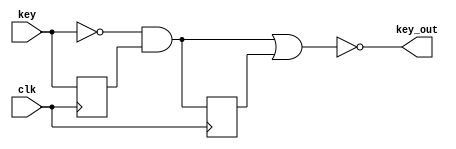
module KeyCCT #(parameter PERSIST = 1)( input clk,
					 input key,
					 output key_out);

	integer i;
					 
	reg sig_and, sig_or;
	reg z1;
	reg [0:(PERSIST-32'd1)]delay;
	
	always@ (posedge clk)
		z1 <= key;
	

	always@ *
		sig_and <= ~key & z1;
	
	always@ (posedge clk)
		if (PERSIST > 32'd0)
			delay[0] <= sig_and;
			
	always@ (posedge clk)
		if (PERSIST > 32'd1)
			for (i = 1; i < PERSIST; i = i + 32'd1)
				begin
					delay[i] <= delay[i - 32'd1];
				end
	
	always@ *
		if (PERSIST > 32'd0)
			sig_or <= |delay;
		else
			sig_or <= 1'b0;
		
	assign key_out = ~(sig_and | sig_or);
	
					 
				
endmodule